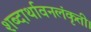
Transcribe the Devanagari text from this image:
शब्दार्थावनलंकृती।